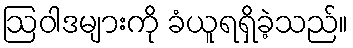
ဩဝါဒများကို ခံယူရရှိခဲ့သည်။